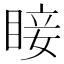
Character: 𥇒